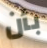
بأن